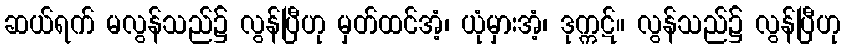
ဆယ်ရက် မလွန်သည်၌ လွန်ပြီဟု မှတ်ထင်အံ့၊ ယုံမှားအံ့၊ ဒုက္ကဋ်။ လွန်သည်၌ လွန်ပြီဟု